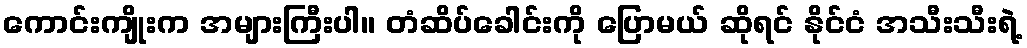
ကောင်းကျိုးက အများကြီးပါ။ တံဆိပ်ခေါင်းကို ပြောမယ် ဆိုရင် နိုင်ငံ အသီးသီးရဲ့